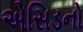
એસિડનો